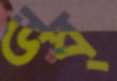
ডব্